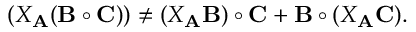
( X _ { \bf A } ( { \bf B } \circ { \bf C } ) ) \neq ( X _ { \bf A } { \bf B } ) \circ { \bf C } + { \bf B } \circ ( X _ { \bf A } { \bf C } ) .